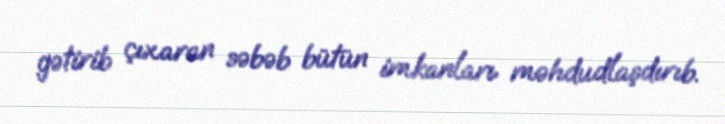
gətirib çıxaran səbəb bütün imkanları məhdudlaşdırıb.